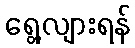
ရွေ့လျားရန်